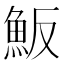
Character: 魬